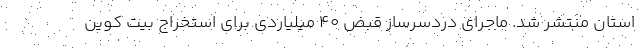
استان منتشر شد. ماجرای دردسرساز قبض ۴۰ میلیاردی برای استخراج بیت کوین